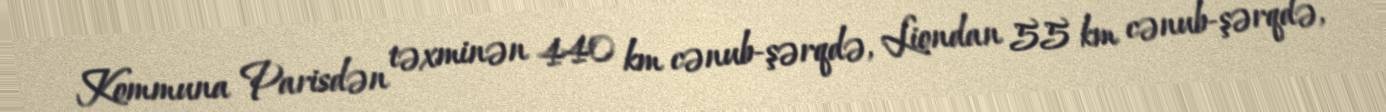
Kommuna Parisdən təxminən 440 km cənub-şərqdə, Liondan 55 km cənub-şərqdə,